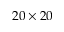
2 0 \times 2 0